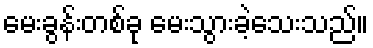
မေးခွန်းတစ်ခု မေးသွားခဲ့သေးသည်။